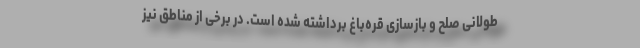
طولانی صلح و بازسازی قره‌باغ برداشته شده است. در برخی از مناطق نیز